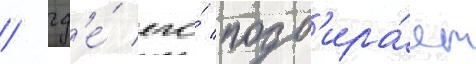
/ гд'е́ его́ подб'ира́ет